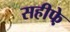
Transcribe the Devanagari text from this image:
सहीफे़